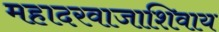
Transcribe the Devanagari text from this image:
महादरवाजाशिवाय